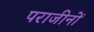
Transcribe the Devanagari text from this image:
पराजीनों